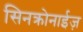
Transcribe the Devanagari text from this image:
सिनक्रोनाईज़